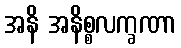
အနိ အနိစ္စလက္ခဏာ